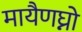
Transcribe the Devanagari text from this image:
मायैणघ्नो